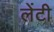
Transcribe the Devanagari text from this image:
लेंटी